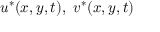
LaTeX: u ^ { * } ( x , y , t ) , \ v ^ { * } ( x , y , t )